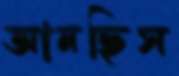
আনছিস